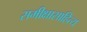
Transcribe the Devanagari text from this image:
समीक्षासाहित्य